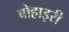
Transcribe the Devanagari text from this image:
बोहाइरी